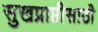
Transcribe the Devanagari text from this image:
सुखप्राप्तीसाठी